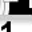
Digit: 1